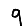
Digit: 9